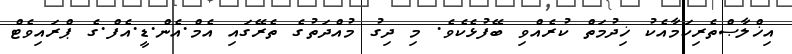
އިޚްލާޞްތެރިކަމާއެކު ޚިދުމަތް ކުރެއްވި ބޭފުޅެކެވެ. މި ދިގު މުއްދަތުގެ ތެރޭގައި އެމް.އެން.ޑީ.އެފް.ގެ ޕްރައިވެޓް